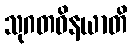
သုဂတဝိနယာတိ